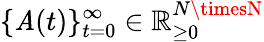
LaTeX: \{ \mathit{A}(t)\} _{t=0}^{\infty}\in\mathbb{{R}}_{\geq0}^{N\timesN}